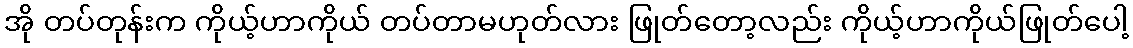
အို တပ်တုန်းက ကိုယ့်ဟာကိုယ် တပ်တာမဟုတ်လား ဖြုတ်တော့လည်း ကိုယ့်ဟာကိုယ်ဖြုတ်ပေါ့